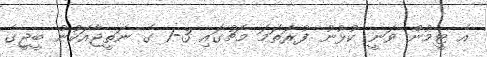
އެ ޓީމުން ވަނީ ކުޅުނު ފުރަތަމަ މެޗުގައި 3-1 ގެ ނަތީޖާއަކުން ބީޖީގެ